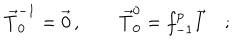
LaTeX: \vec { T } _ { 0 } ^ { - 1 } = \vec { 0 } \, , \qquad \vec { T } _ { 0 } ^ { 0 } = f _ { - 1 } ^ { p } \vec { I } \quad ;